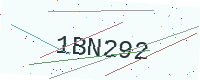
Text: 1BN292